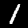
Label: 1